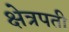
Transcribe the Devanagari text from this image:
क्षेत्रपती